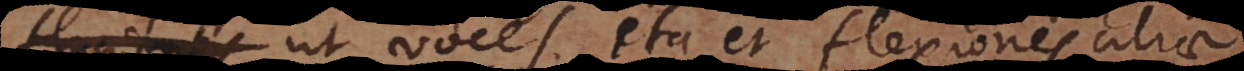
flexiones ut voces ita et flexiones aliae